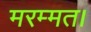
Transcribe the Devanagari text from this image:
मरम्मत।